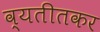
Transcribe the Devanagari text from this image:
व्यतीतकर